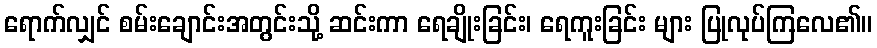
ရောက်လျှင် စမ်းချောင်းအတွင်းသို့ ဆင်းကာ ရေချိုးခြင်း၊ ရေကူးခြင်း များ ပြုလုပ်ကြလေ၏။